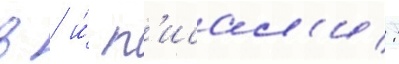
в / и́ п'исал'и: